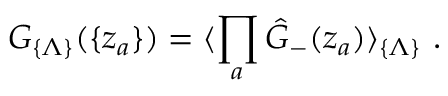
G _ { \{ \Lambda \} } ( \{ z _ { a } \} ) = \langle \prod _ { a } { \hat { G } } _ { - } ( z _ { a } ) \rangle _ { \{ \Lambda \} } \ .